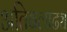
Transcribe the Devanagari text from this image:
अतिबलाढ्य